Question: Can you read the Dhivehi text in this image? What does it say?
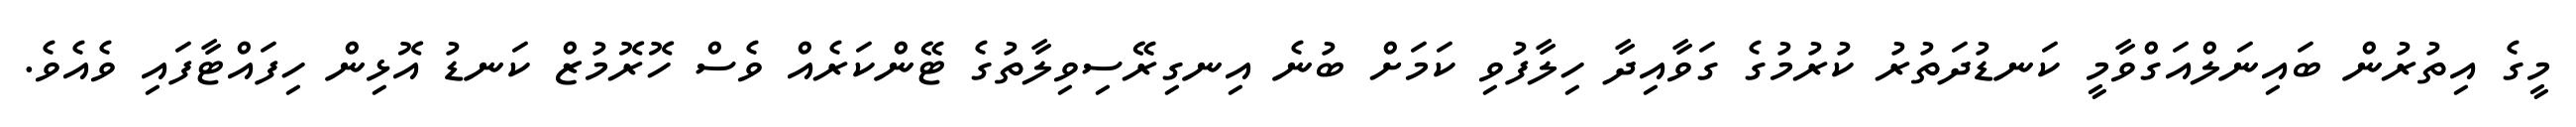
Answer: މީގެ އިތުރުން ބައިނަލްއަގްވާމީ ކަނޑުދަތުރު ކުރުމުގެ ގަވާއިދާ ހިލާފުވި ކަމަށް ބުނެ އިނގިރޭސިވިލާތުގެ ޓޭންކަރެއް ވެސް ހޮރޮމުޒް ކަނޑު އޮޅިން ހިފައްޓާފައި ވެއެވެ.